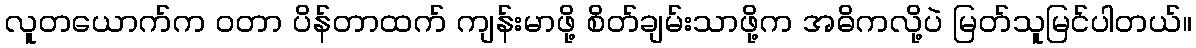
လူတယောက်က ဝတာ ပိန်တာထက် ကျန်းမာဖို့ စိတ်ချမ်းသာဖို့က အဓိကလို့ပဲ မြတ်သူမြင်ပါတယ်။